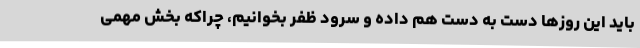
باید این روزها دست به دست هم داده و سرود ظفر بخوانیم، چراکه بخش مهمی